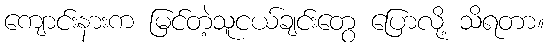
ကျောင်းနားက မြင်တဲ့သူငယ်ချင်းတွေ ပြောလို့ သိရတာ။